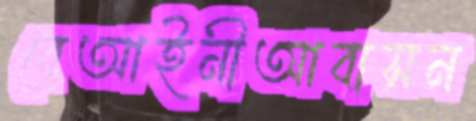
বেআইনীআবাসন